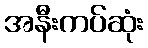
အနီးကပ်ဆုံး